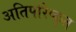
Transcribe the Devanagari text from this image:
अतिपरिष्कृत